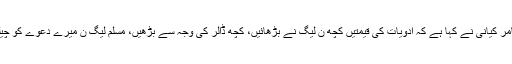
وزارت سے علیحدہ کئے جانے پر عامر کیانی نے کہا ہے کہ ادویات کی قیمتیں کچھ ن لیگ نے بڑھائیں، کچھ ڈالر کی وجہ سے بڑھیں، مسلم لیگ ن میرے دعوے کو چیلنج کرے، حقائق سامنے لے آ ؤ ں گا۔